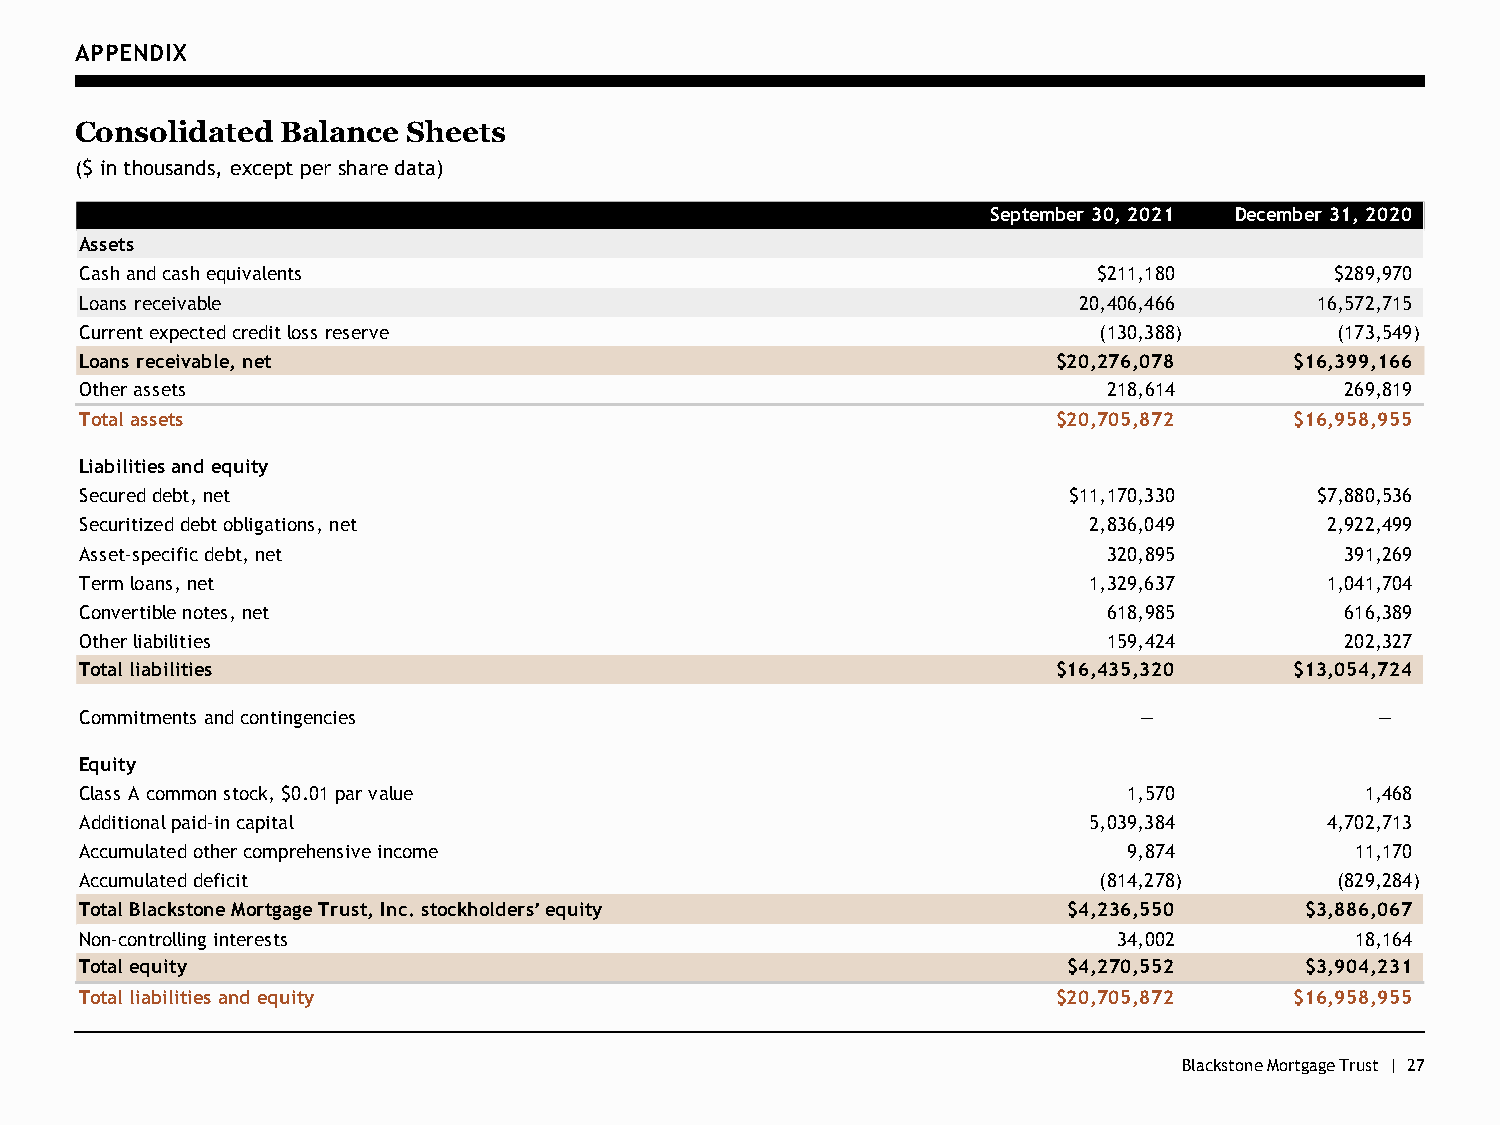
APPENDIX
 Consolidated  Balance Sheets
 ($ in thousands, except per share data)
 September 30, 2021 December 31, 2020
 Assets
 Cash and cash equivalents                                           $211,180       $289,970
 Loans receivable                                                  20,406,466      16,572,715
 Current expected credit loss reserve                                ( 130,388)      ( 173,549)
 Loans receivable, net                                            $20,276,078     $16,399,166
 Other assets                                                        218,614         269,819
 Total assets                                                     $20,705,872     $16,958,955
 Liabilities and equity
 Secured debt, net                                                 $11,170,330     $7,880,536
 Securitized debt obligations, net                                  2,836,049       2,922,499
 Asset-specific debt, net                                            320,895         391,269
 Term loans, net                                                    1,329,637       1,041,704
 Convertible notes, net                                              618,985         616,389
 Other liabilities                                                   159,424         202,327
 Total liabilities                                                $16,435,320     $13,054,724
 Commitments and contingencies                                         —               —
 Equity
 Class A common stock, $0.01 par value                                 1,570          1,468
 Additional paid-in capital                                         5,039,384       4,702,713
 Accumulated other comprehensive income                                9,874          1 1,170
 Accumulated deficit                                                 ( 814,278)      ( 829,284)
 Total Blackstone Mortgage Trust, Inc. stockholdersʼ equity        $4,236,550     $3,886,067
 Non-controlling interests                                            3 4,002         1 8,164
 Total equity                                                      $4,270,552     $3,904,231
 Total liabilities and equity                                     $20,705,872     $16,958,955
 Blackstone Mortgage Trust | 27